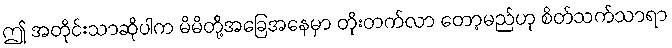
ဤ အတိုင်းသာဆိုပါက မိမိတို့အခြေအနေမှာ တိုးတက်လာ တော့မည်ဟု စိတ်သက်သာရာ